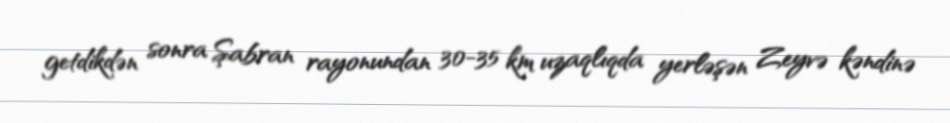
getdikdən sonra Şabran rayonundan 30-35 km uzaqlıqda yerləşən Zeyvə kəndinə